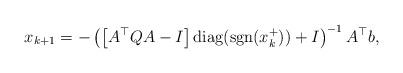
LaTeX: \begin{align*} x_{k+1}=-\left ( \left[A^\top Q A-I\right]\mbox{diag}(\mbox{sgn}(x_k^+)) +I\right )^{-1} A^\top b , \end{align*}